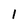
Character: l